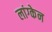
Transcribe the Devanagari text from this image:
लांग्केन